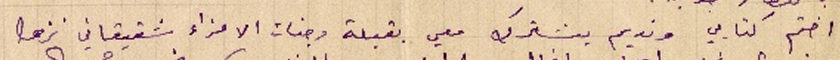
اختم كتابي ونديم يشترك معي بقبلة وجنات الاعزاء شقيقاتي نزها